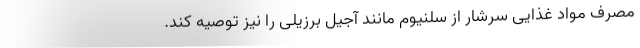
مصرف مواد غذایی سرشار از سلنیوم مانند آجیل برزیلی را نیز توصیه کند.